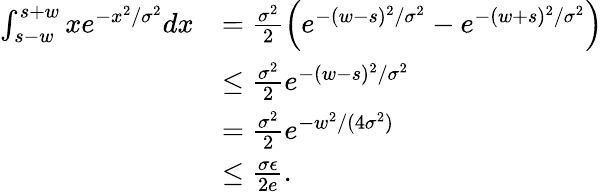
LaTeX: \begin{array}{rl}{\int_{s-w}^{s+w}xe^{-x^{2}/\sigma^{2}}dx}&{=\frac{\sigma^{2}}{2}\left(e^{-(w-s)^{2}/\sigma^{2}}-e^{-(w+s)^{2}/\sigma^{2}}\right)}\\ &{\le\frac{\sigma^{2}}{2}e^{-(w-s)^{2}/\sigma^{2}}}\\ &{=\frac{\sigma^{2}}{2}e^{-w^{2}/(4\sigma^{2})}}\\ &{\le\frac{\sigma\epsilon}{2e}.}\end{array}